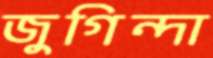
জুগিন্দা